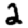
Digit: 2